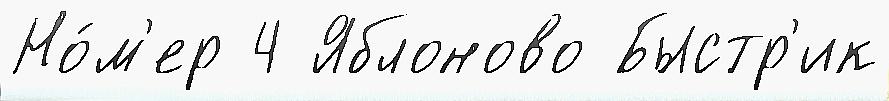
Но́м'ер 4 Яблоново Быстр'ик